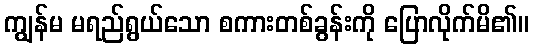
ကျွန်မ မရည်ရွယ်သော စကားတစ်ခွန်းကို ပြောလိုက်မိ၏။